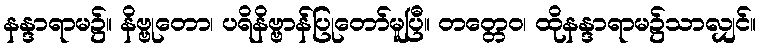
နန္ဒာရာမ၌။ နိဗ္ဗုတော၊ ပရိနိဗ္ဗာန်ပြုတော်မူပြီ။ တတ္တေဝ၊ ထိုနန္ဒာရာမ၌သာလျှင်။